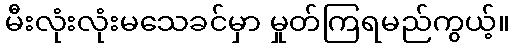
မီးလုံးလုံးမသေခင်မှာ မှုတ်ကြရမည်ကွယ့်။